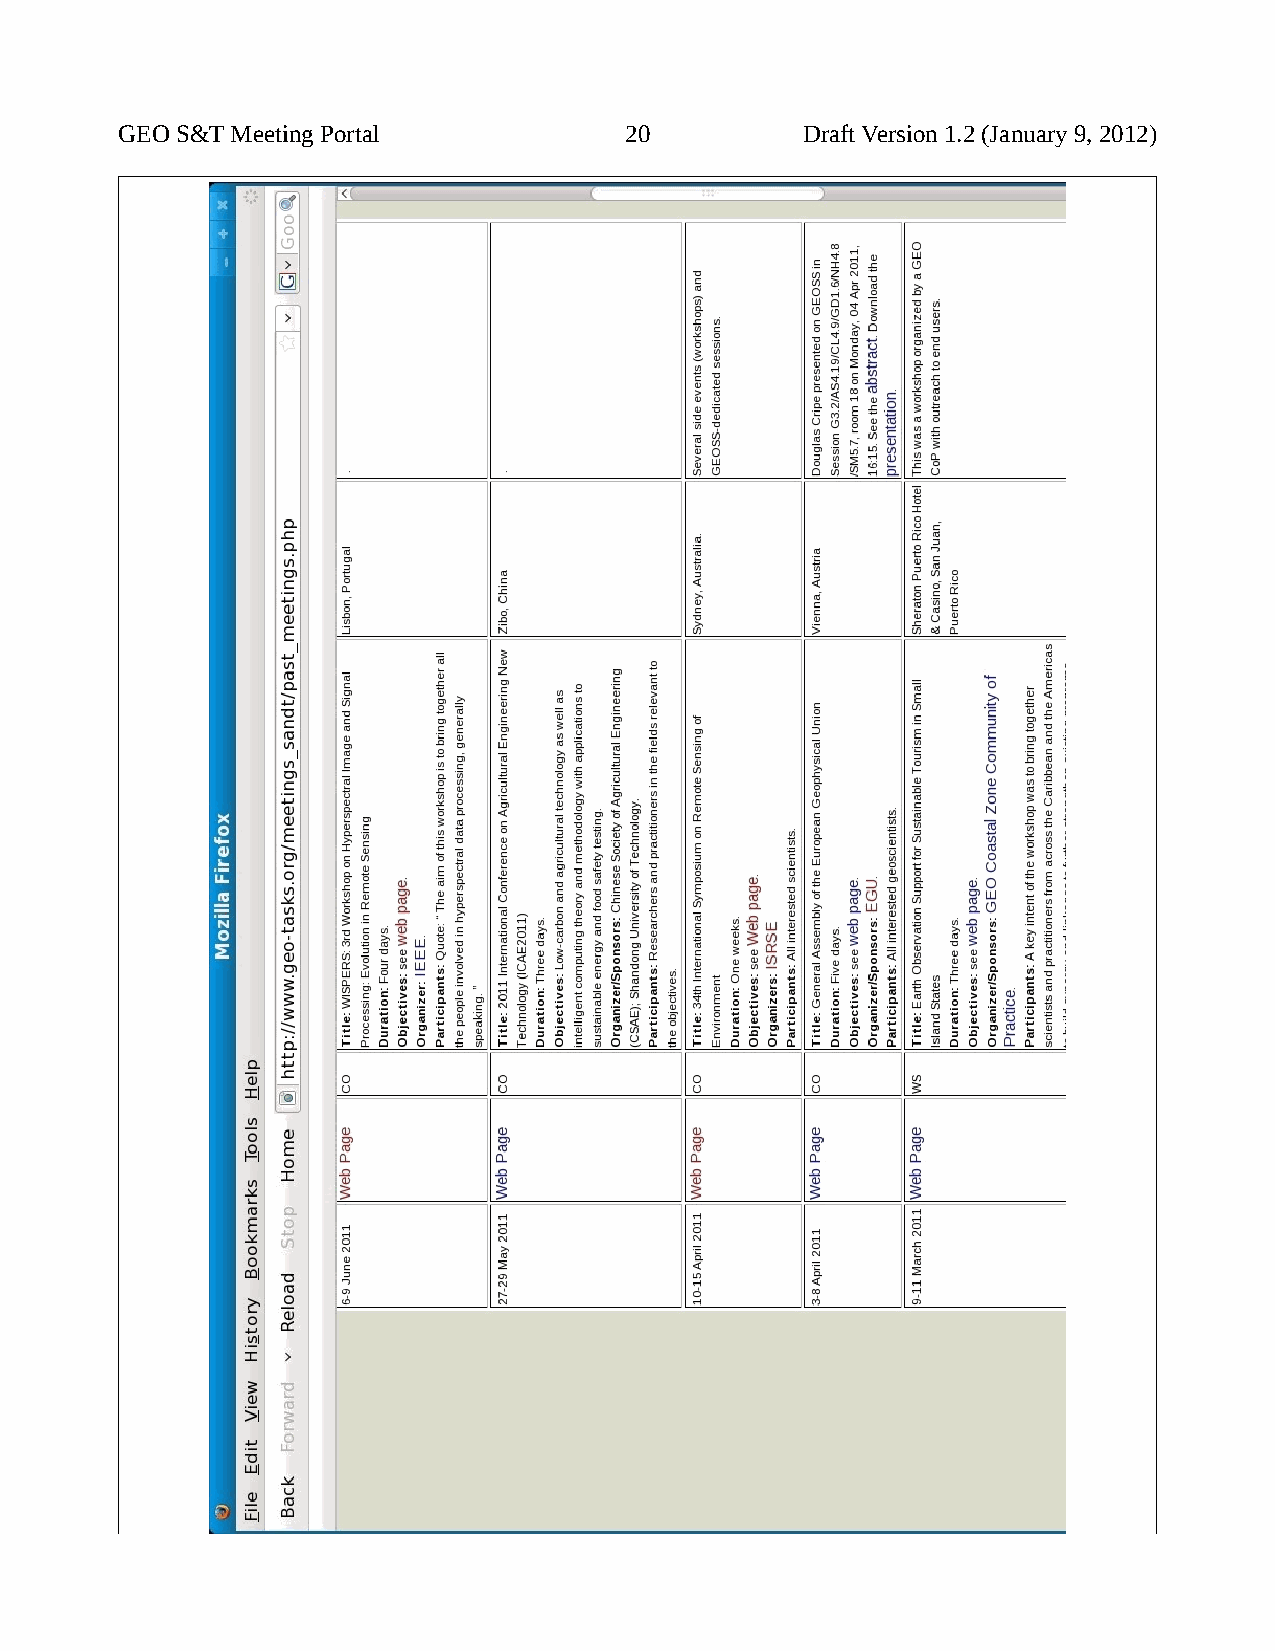
GEO S&T Meeting Portal           20          Draft Version 1.2 (January 9, 2012)